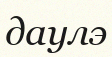
даулэ